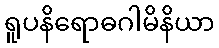
ရူပနိရောဓဂါမိနိယာ